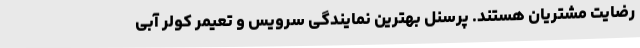
رضایت مشتریان هستند. پرسنل بهترین نمایندگی سرویس و تعیمر کولر آبی